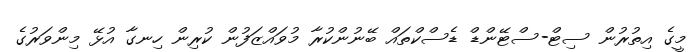
މީގެ އިތުރުން ސިޓް-ސްޓޭންޑް ޑެސްކްތައް ބޭނުންކުރާ މުވައްޒަފުން ކުރިން ހިނގާ އުޅޭ މިންވަރުގެ